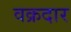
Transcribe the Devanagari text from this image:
वक्रदार